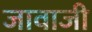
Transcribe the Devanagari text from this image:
जावाजी